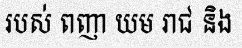
របស់ ពញា យម រាជ និង